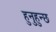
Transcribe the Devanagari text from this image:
हुनुहुन्छ